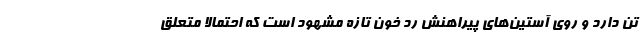
تن دارد و روی آستین‌های پیراهنش رد خون تازه مشهود است که احتمالا متعلق